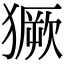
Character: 獗